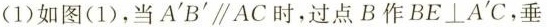
(1)如图(1)，当A^{'}B^{'} \parallel AC时，过点B作BE\bot AC，垂